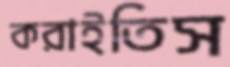
করাইতিস